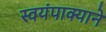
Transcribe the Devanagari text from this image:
स्वयंपाक्याने